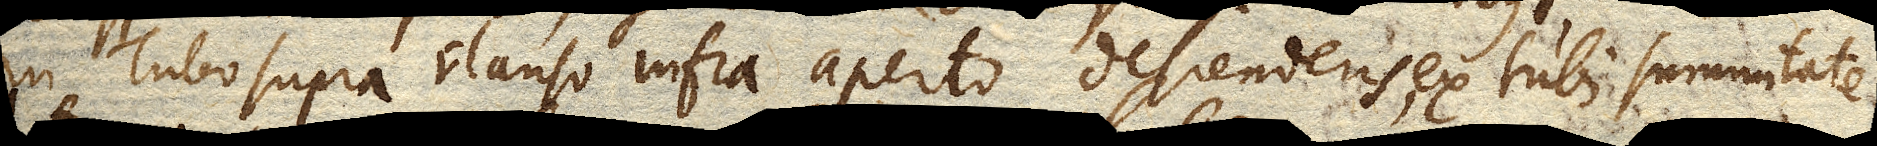
in Tubo supra clauso infra aperto descendens, ex tubi summitate